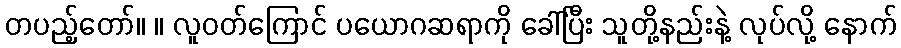
တပည့်တော်။ ။ လူဝတ်ကြောင် ပယောဂဆရာကို ခေါ်ပြီး သူတို့နည်းနဲ့ လုပ်လို့ နောက်